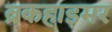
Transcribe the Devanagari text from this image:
ब्रकहाइमर